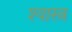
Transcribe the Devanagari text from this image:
श्यास्त्र